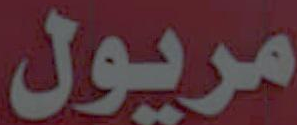
مريول